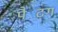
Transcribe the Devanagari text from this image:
पैटिंग